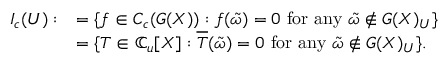
\begin{array} { r l } { I _ { c } ( U ) : } & { = \{ f \in C _ { c } ( G ( X ) ) : f ( \tilde { \omega } ) = 0 \mathrm { ~ f o r ~ a n y ~ } \tilde { \omega } \notin G ( X ) _ { U } \} } \\ & { = \{ T \in \mathbb { C } _ { u } [ X ] : \overline { { T } } ( \tilde { \omega } ) = 0 \mathrm { ~ f o r ~ a n y ~ } \tilde { \omega } \notin G ( X ) _ { U } \} . } \end{array}